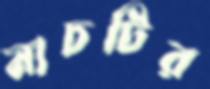
নাচটির